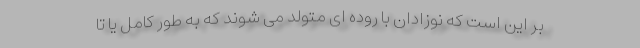
بر این است که نوزادان با روده ای متولد می شوند که به طور کامل یا تا